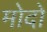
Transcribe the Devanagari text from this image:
मोदो